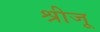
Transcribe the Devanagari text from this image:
श्रीजू